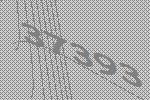
37393